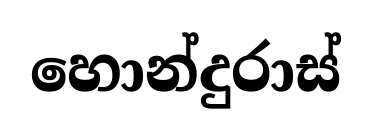
හොන්දුරාස්